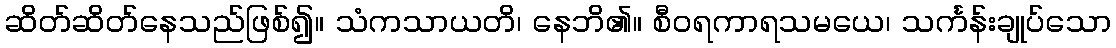
ဆိတ်ဆိတ်နေသည်ဖြစ်၍။ သံကသာယတိ၊ နေဘိ၏။ စီဝရကာရသမယေ၊ သင်္ကန်းချုပ်သော